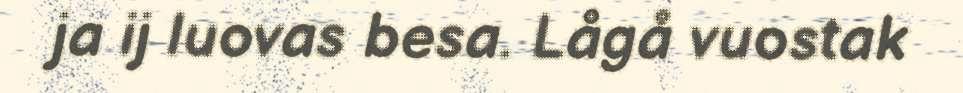
ja ij luovas besa. Lågå vuostak